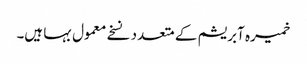
خمیرہ آبریشم کے متعدد نسخے معمول بہا ہیں۔